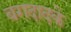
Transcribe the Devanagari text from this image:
बगदादके